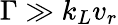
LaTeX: \Gamma\gg k_{L}v_{r}